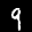
Label: 9